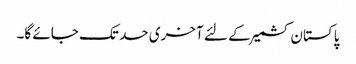
پاکستان کشمیر کے لئے آخری حد تک جائے گا۔